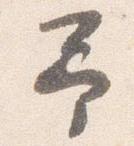
予